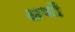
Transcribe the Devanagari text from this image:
अणों